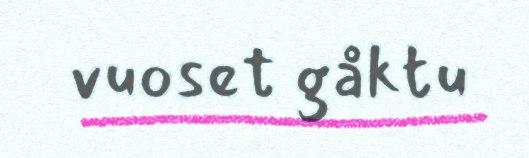
vuoset gåktu